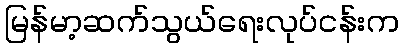
မြန်မာ့ဆက်သွယ်ရေးလုပ်ငန်းက